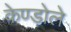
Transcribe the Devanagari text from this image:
केण्डोले